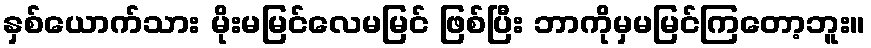
နှစ်ယောက်သား မိုးမမြင်လေမမြင် ဖြစ်ပြီး ဘာကိုမှမမြင်ကြတော့ဘူး။